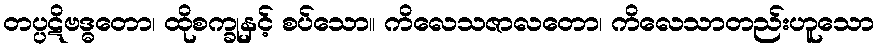
တပ္ပဋိဗဒ္ဓတော၊ ထိုစက္ခုနှင့် စပ်သော။ ကိလေသဇာလတော၊ ကိလေသာတည်းဟူသော